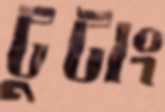
টুটাং